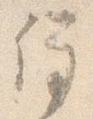
停